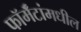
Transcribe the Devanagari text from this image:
फॉर्मॅटांमधील